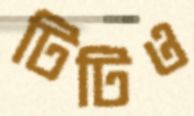
টিটিও